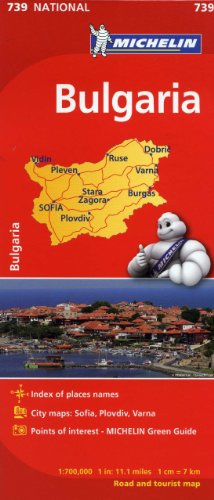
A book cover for Michelin Bulgaria Map 739 (Maps/Country (Michelin)); Michelin Travel & Lifestyle; Travel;